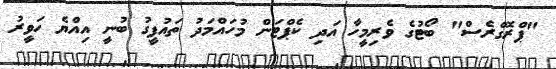
"ޕްރޮގްރެސް" ބޯޓުގެ ވެރިމީހާ އަދި ކެޕްޓަން މުހައްމަދު ތައުފީގު ބުނީ އިއްޔެ ހަވީރު